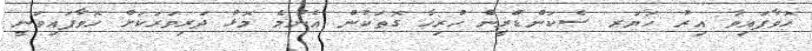
ހޮވާފައިވާ އިރު ހަޔަރ ސެކަންޑްރީން ހުރިހާ ގޮތަކުން އެންމެ މޮޅު ދަރިވަރަކަށް ހޮވާފައިވަނީ